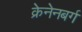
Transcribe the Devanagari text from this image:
क्रेनेनबर्ग